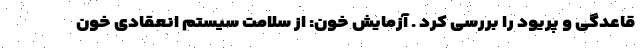
قاعدگی و پریود را بررسی کرد . آزمایش خون: از سلامت سیستم انعقادی خون